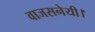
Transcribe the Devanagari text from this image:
वाजसनेयी।